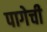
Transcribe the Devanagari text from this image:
पागेची